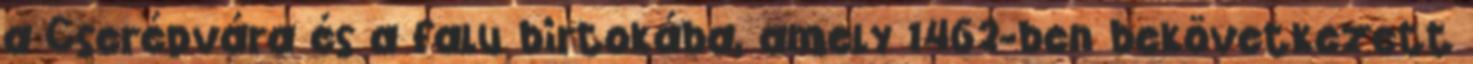
a Cserépvára és a falu birtokába, amely 1462-ben bekövetkezett